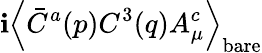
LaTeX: \mathbf{i}\left<\bar{{C}}^{a}(p)C^{3}(q)A_{\mu}^{c}\right>_{\mathrm{{bare}}}